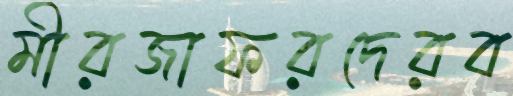
মীরজাফরদেরব